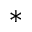
^ *